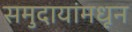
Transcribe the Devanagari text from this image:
समुदायांमधून